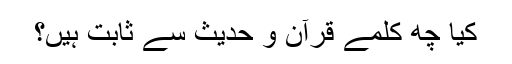
کیا چھ کلمے قرآن و حدیث سے ثابت ہیں؟